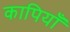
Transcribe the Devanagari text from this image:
कापियाँ